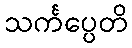
သင်္ကပ္ပေတိ